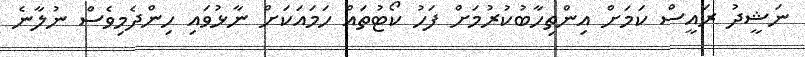
ނަޝީދު ރައީސް ކަމަށް އިންތިހާބުކުރުމަށް ފަހު ކޯޓުތައް ހަމައަކަށް ނާޅުވައި ހިންދެމިވެސް ނުލާނެ